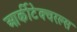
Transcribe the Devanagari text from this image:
आर्कीटेक्चरल्स